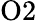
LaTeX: \mathrm{O2}